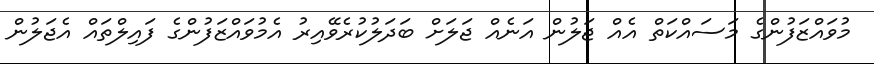
މުވައްޒަފުންގެ މަސައްކަތް އެއް ޖަލުން އަނެއް ޖަލަށް ބަދަލުކުރެވޭއިރު އެމުވައްޒަފުންގެ ފައިލްތައް އެޖަލުން